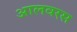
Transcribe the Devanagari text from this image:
आलवरस